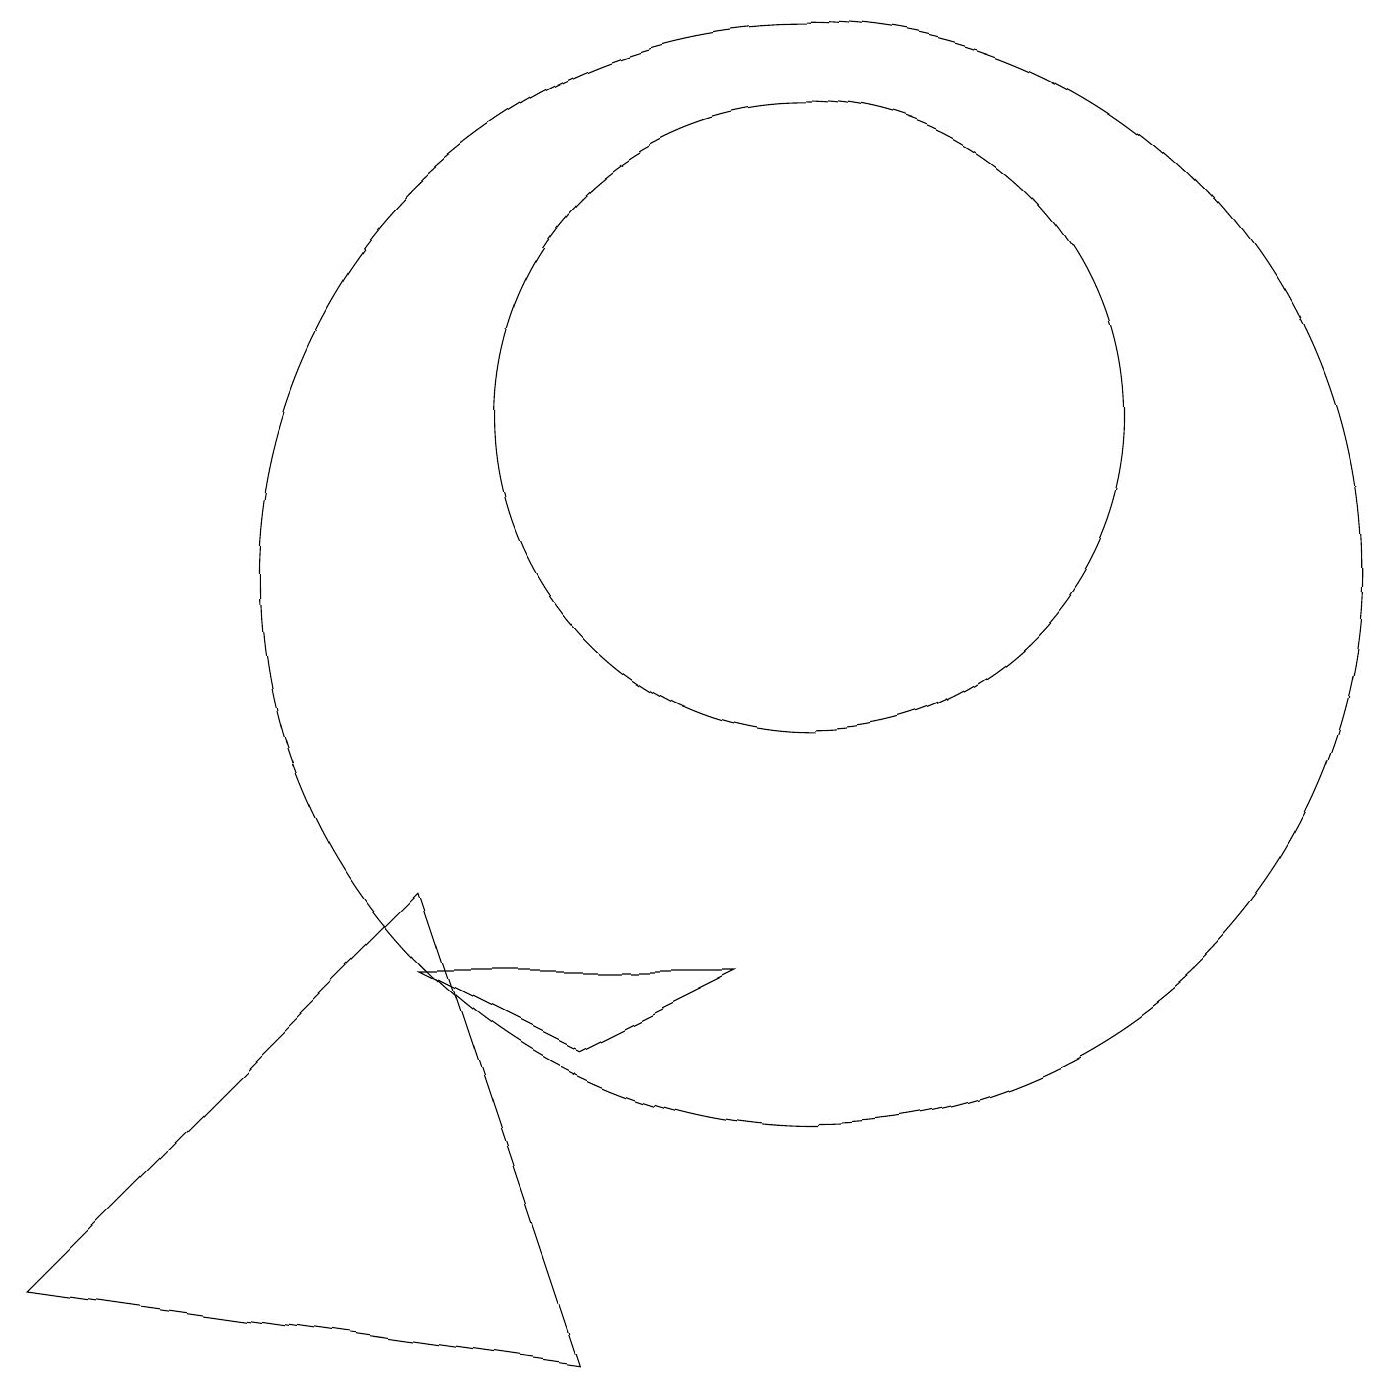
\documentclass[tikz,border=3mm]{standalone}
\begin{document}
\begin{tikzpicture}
\draw (5,5) -- (9,5) -- (7,4) -- cycle;
\draw (10,10) circle (7);
\draw (7,0) -- (0,1) -- (5,6) -- cycle;
\draw (10,12) circle (4);
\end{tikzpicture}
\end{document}